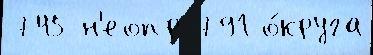
745 н'еопр 791 о́круга